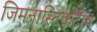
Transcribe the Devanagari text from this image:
जिमनास्टिकटीम